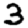
Digit: 3